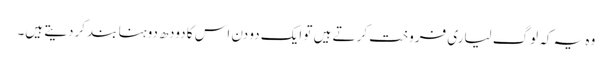
وہ یہ کہ لوگ لیاری فروخت کرتے ہیں تو ایک دو دن اس کا دودھ دوہنا بند کردیتے ہیں۔